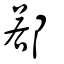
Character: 鄀